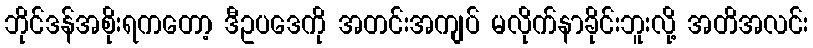
ဘိုင်ဒန်အစိုးရကတော့ ဒီဥပဒေကို အတင်းအကျပ် မလိုက်နာခိုင်းဘူးလို့ အတိအလင်း